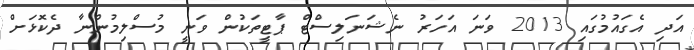
އަދި އެގައުމުގައި 2013 ވަނަ އަހަރު ނެޝަނަލިސްޓް ޕާޓީތަކުން ވަނީ މުސްލިމުންނާ ދެކޮޅަށް